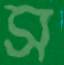
স